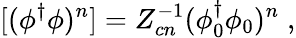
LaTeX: [(\phi^{\dagger}\phi)^{n}]=Z_{cn}^{-1}(\phi_{0}^{\dagger}\phi_{0})^{n}\; ,